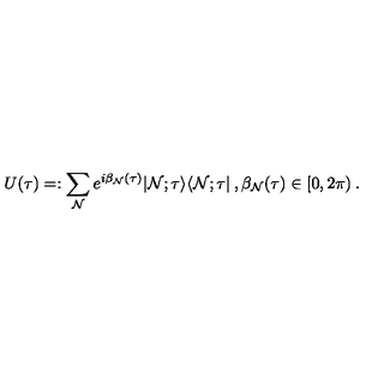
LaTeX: U ( \tau ) = : \sum _ { \mathrm { \tiny { \cal N } } } e ^ { i \beta _ { \mathrm { \tiny { \cal N } } } ( \tau ) } | { \mathrm { \tiny { \cal N } } } ; \tau \rangle \langle { \mathrm { \tiny { \cal N } } } ; \tau | \: , \beta _ { \mathrm { \tiny { \cal N } } } ( \tau ) \in [ 0 , 2 \pi ) \: .